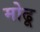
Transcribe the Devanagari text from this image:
मोढू